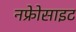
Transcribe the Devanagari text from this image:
नफ्रेोसाइट